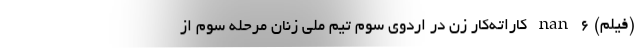
(فیلم) nan ۶ کاراته‌کار زن در اردوی سوم تیم ملی زنان مرحله سوم از